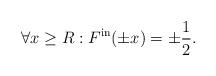
LaTeX: \begin{align*}\forall x\geq R:F^{\mathrm{in}}(\pm x)=\pm\frac{1}{2}.\end{align*}